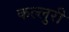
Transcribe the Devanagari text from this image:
कल्लुरी